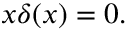
x \delta ( x ) = 0 .